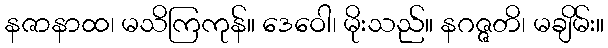
နဇာနာထ၊ မသိကြကုန်။ ဒေဝေါ၊ မိုးသည်။ နဂဇ္ဇတိ၊ မချိမ်း။